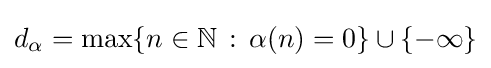
{\textstyle d_{\alpha }=\max\{n\in \mathbb {N} \,:\,\alpha (n)=0\}\cup \{-\infty \}}